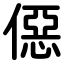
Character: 僫